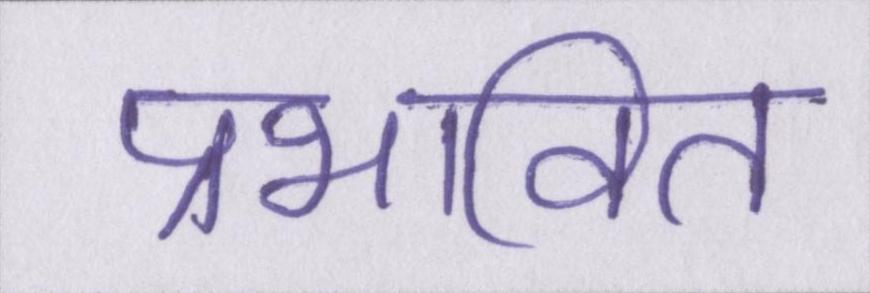
प्रभावित